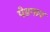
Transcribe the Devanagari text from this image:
पेडगाव